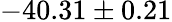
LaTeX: -40.31\pm 0.21